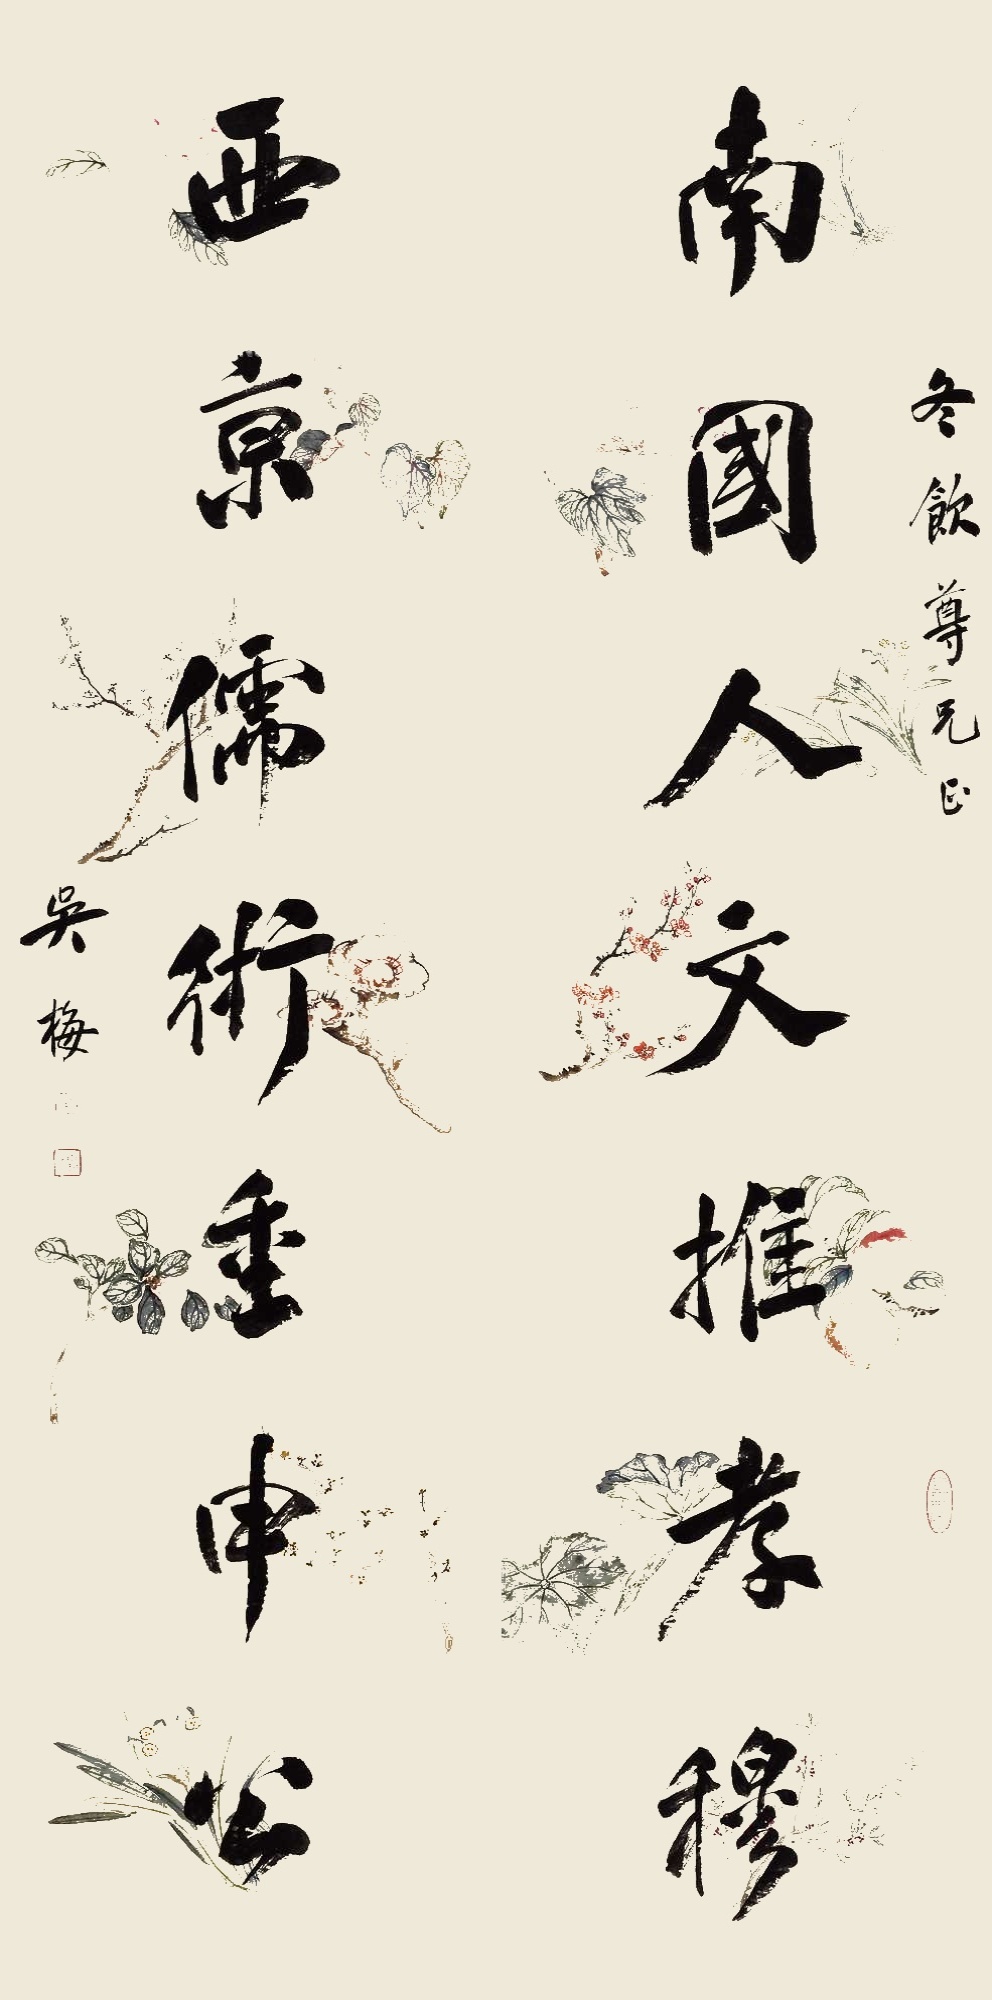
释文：南国人文推孝穆，西京儒术重申公。冬饮尊兄正。吴梅。